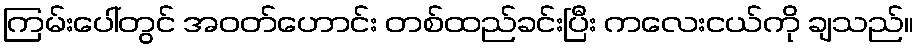
ကြမ်းပေါ်တွင် အဝတ်ဟောင်း တစ်ထည်ခင်းပြီး ကလေးငယ်ကို ချသည်။